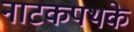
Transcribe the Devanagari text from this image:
नाटकपथके